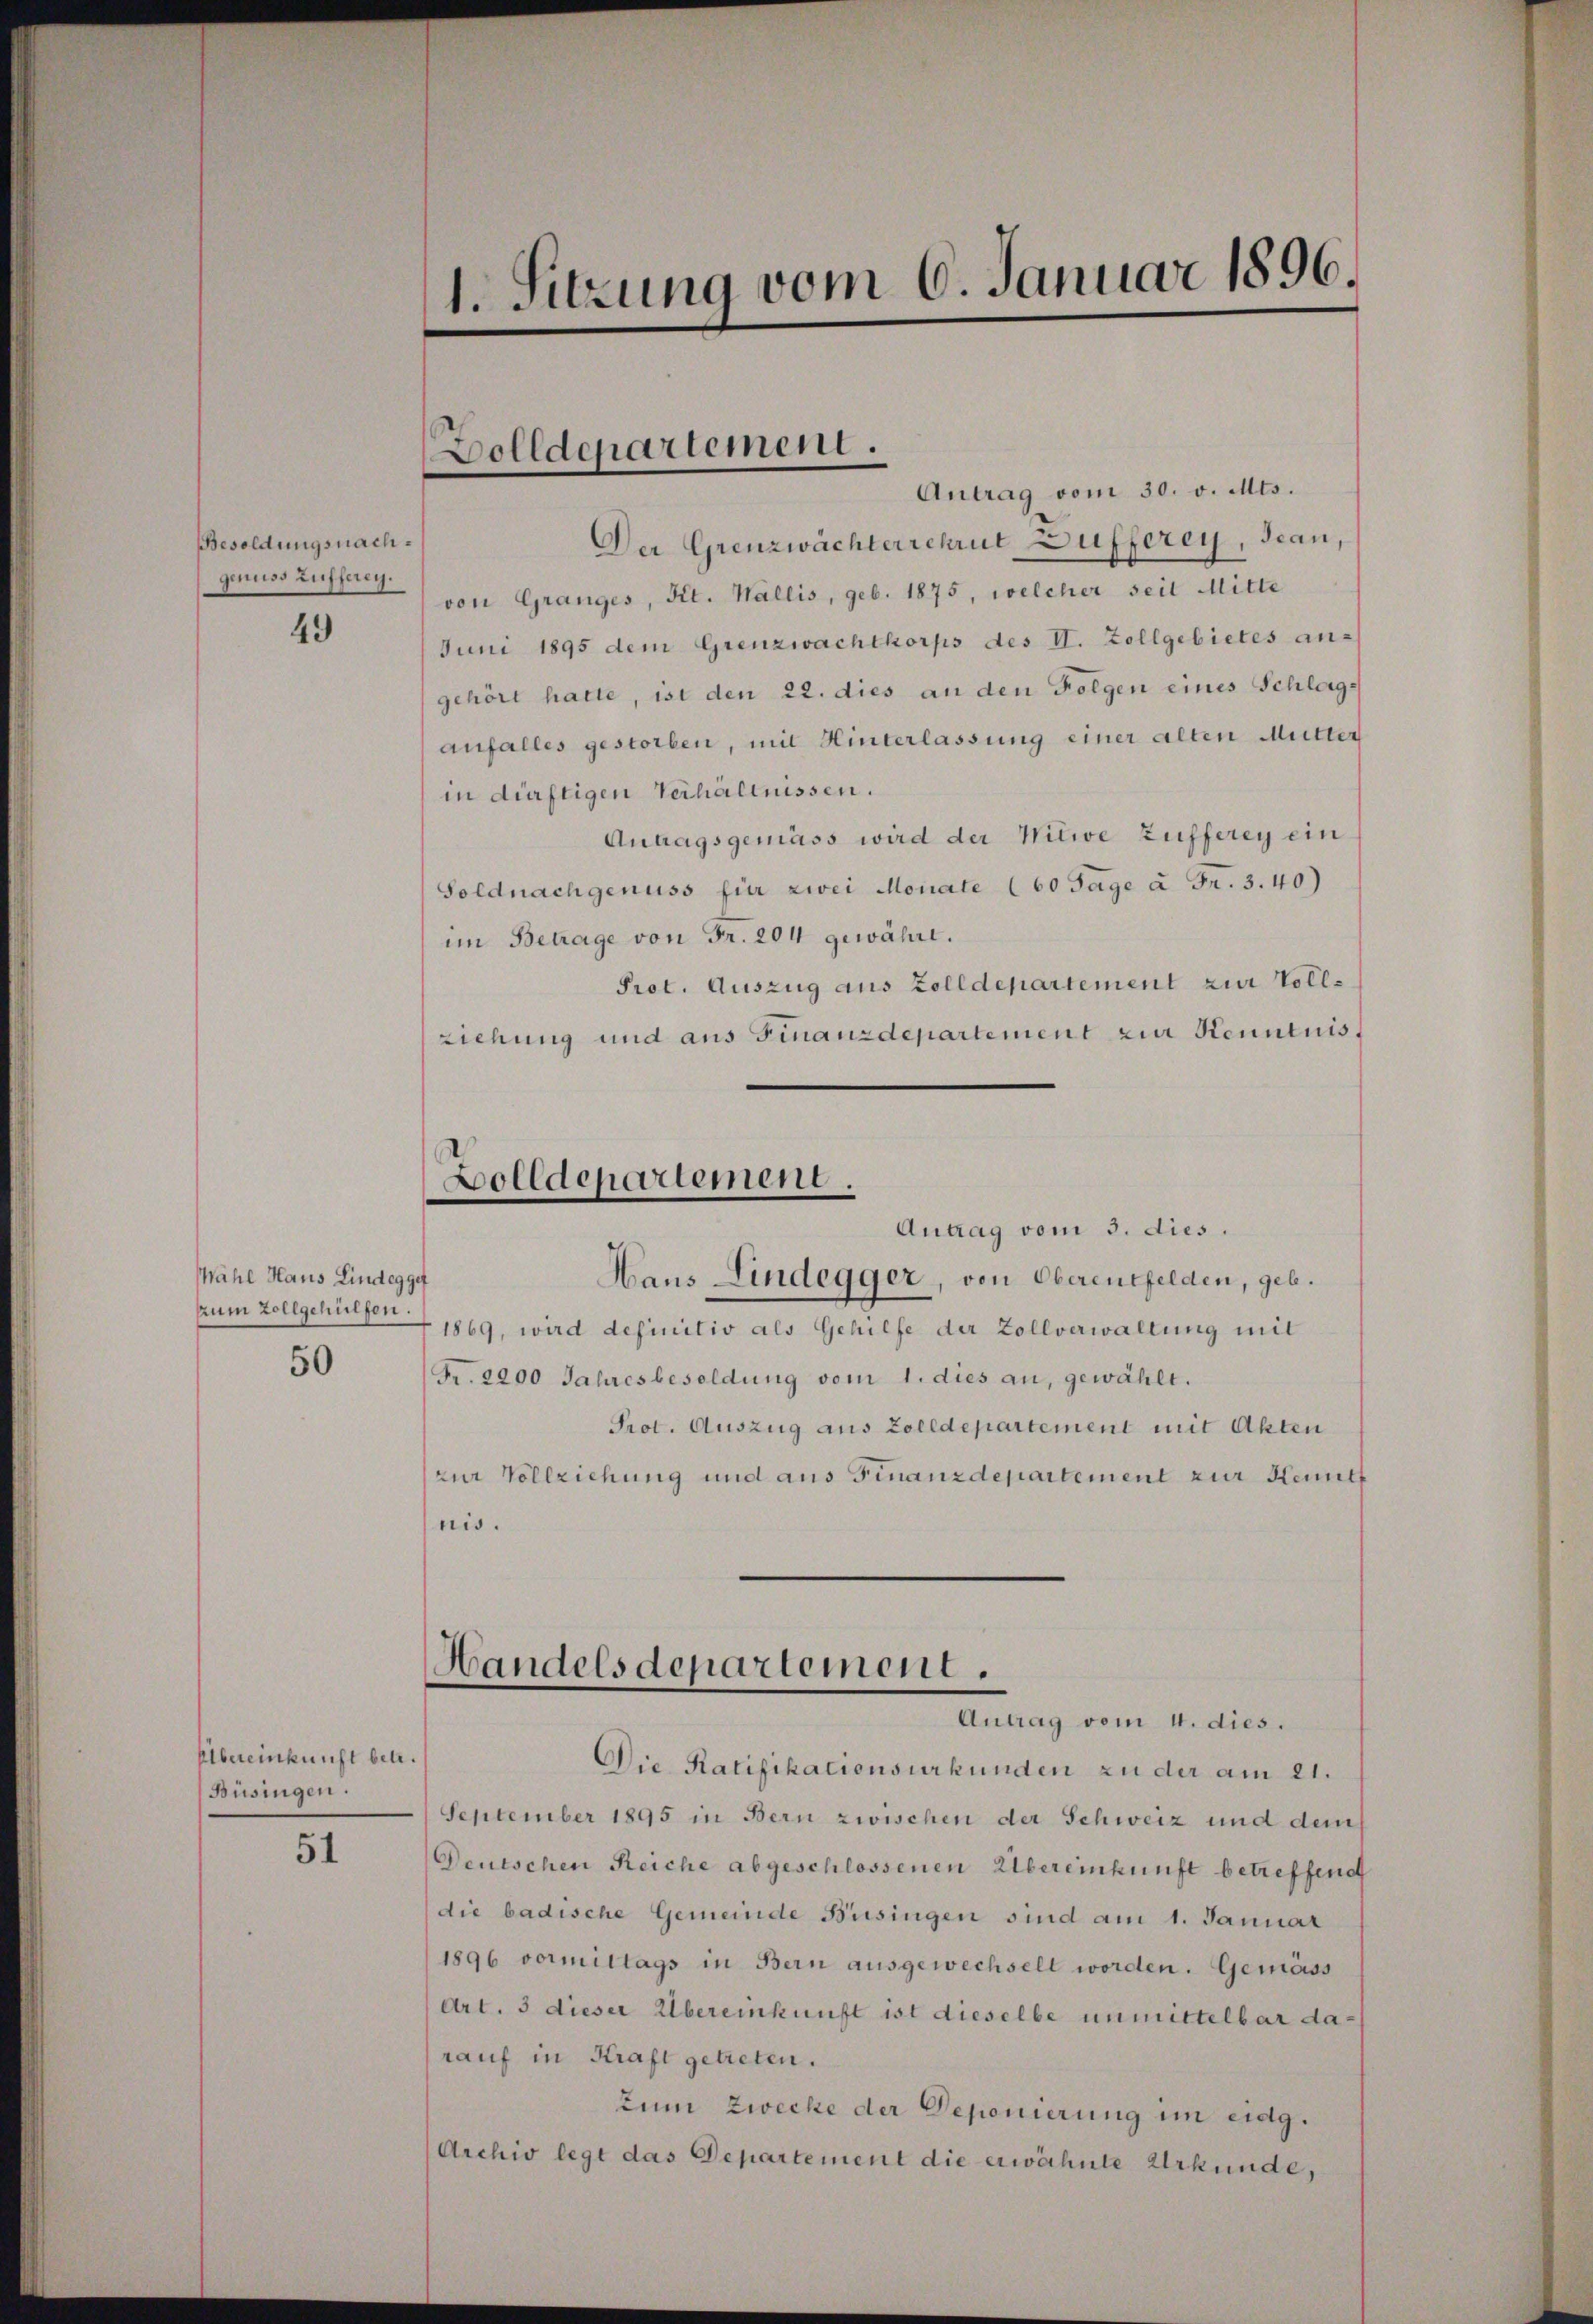
Besoldungsnachgenuss aufferen.

49

Wahl Haus Lindeggef
zum Zollgehülfen.
50

Übereinkunft betr.
Büsingen.

51

1. Sitzung vom 6. Januar 1896.

Dolldepartement
e

Bolldepartement.
e
Antrag vom 3. dies

Antrag vom 30. v. Mts.
Der Grenzwächterrechrut Dufferey, Jean,
von Granges, Kt. Wallis, geb. 1875, welcher seit Mitte
Juni 1895 dem Grenzwachtkorps des II. Zollgebietes an-
gehört hatte, ist den 22. dies an den Folgen eines Schlags
anfalles gestorben, mit Hinterlassung einer alten Mutte
in dürftigen Verhältnissen.
Antagsgemäss wird der Witwe Zufferey ein
Soldnachgenuss für zwei Monate (60 Tage à Fr. 3.40)
im Betrage von Fr. 204 gewähre.
Prot. Auszug aus Zolldepartement zur Vollziehung und aus Finanzdepartement zur Kenntnis
Haus Lindegger, von Oberentfelden, geb.
1869, wird definitiv als Gehilfe der Zollverwaltung mit
Fr. 2200 Jahresbesoldung vom 1. dies an, gewählt.
Prot. Auszug aus Zolldepartement mit Akten
zur Vollziehung und aus Finanzdepartement zur Heut
nis.
Handelsdepartement.
Antrag vom 4. dies.
Die Ratifikationsurkunden zu der am 21.
September 1895 in Bern zwischen der Schweiz und dem
Deutschen Reiche abgeschlossenen Übereinkunft betreffent
die badische Gemeinde Büsingen sind am 1. Januar
1896 vormittags in Bern ausgewechselt worden. Gemäss
Art. 3 dieser Übereinkunft ist dieselbe unmittelbar darauf in Kraft getreten.
Zum Zwecke der Deponierung im eidg.
Archiv legt das Departement die erwähnte Urkunde,